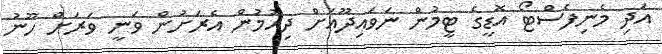
އަދި މެނިފެސްޓޯ އޮޑީގެ ޓީމުން ނަވައިދޫއަށް ދިއުމުން އެރަށުން ވަނީ ވަރަށް ހޫނު